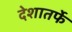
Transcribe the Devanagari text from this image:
देशातर्फे